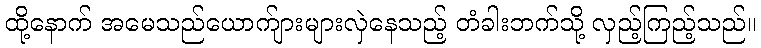
ထို့နောက် အမေသည်ယောက်ျားများလှဲနေသည့် တံခါးဘက်သို့ လှည့်ကြည့်သည်။